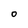
Character: O